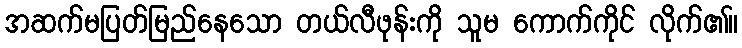
အဆက်မပြတ်မြည်နေသော တယ်လီဖုန်းကို သူမ ကောက်ကိုင် လိုက်၏။